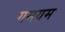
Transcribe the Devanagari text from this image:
गमयम